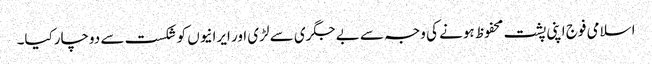
اسلامی فوج اپنی پشت محفوظ ہونے کی وجہ سے بے جگری سے لڑی اور ایرانیوں کو شکست سے دوچارکیا۔